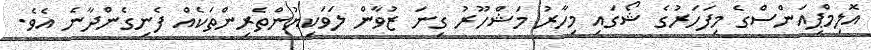
އޮލިމްޕިއަންސްގެ މިފަހަރުގެ ޝޯގައި މިހާރު މަޝްހޫރު ގިނަ ޒުވާން ލަވަކިޔުންތެރިންތަކެއް ފެނިގެންދާނެ އެވެ.